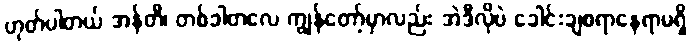
ဟုတ်ပါတယ် အန်တီ၊ တစ်ခါတလေ ကျွန်တော့်မှာလည်း အဲဒီလိုပဲ ခေါင်းချစရာနေရာမရှိ